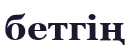
бетгің